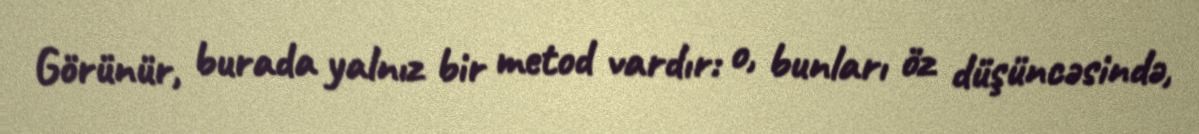
Görünür, burada yalnız bir metod vardır: o, bunları öz düşüncəsində,